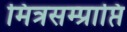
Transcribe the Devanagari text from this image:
मित्रसम्प्राप्ति